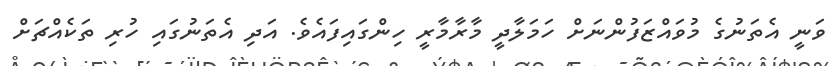
ވަނީ އެތަނުގެ މުވައްޒަފުންނަށް ހަމަލާދީ މާރާމާރީ ހިންގައިފައެވެ. އަދި އެތަނުގައި ހުރި ތަކެއްޗަށް